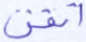
أتقن